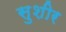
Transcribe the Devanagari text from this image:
सुशीर